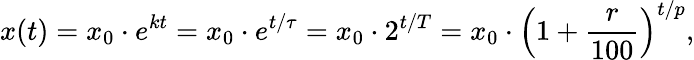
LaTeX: x(t)=x_{0}\cdot e^{kt}=x_{0}\cdot e^{t/\tau}=x_{0}\cdot 2^{t/T}=x_{0}\cdot\left(1+{\frac{r}{100}}\right)^{t/p},